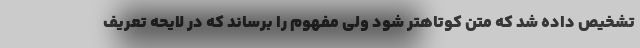
تشخیص داده شد که متن کوتاهتر شود ولی مفهوم را برساند که در لایحه تعریف